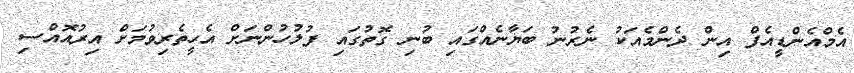
އެމްއެންޑީއެފް އިން ދެންމެއަކު ނެރުނު ބަޔާނެއްގައި ބުނި ގޮތުގައި ފުލުހުންނަށް އެހީތެރިވުމަށް އިރުއޮއްސި